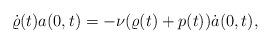
LaTeX: \begin{align*}\dot{\varrho}(t)a(0,t)=-\nu(\varrho(t)+p(t))\dot{a}(0,t),\end{align*}